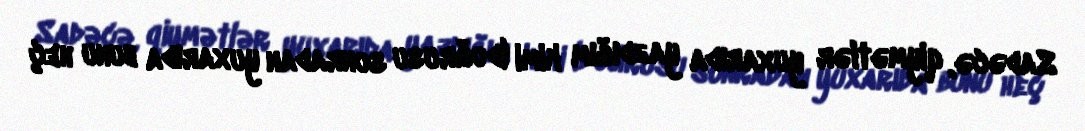
Sadəcə, qiymətlər yuxarıda yazdığım kimi (doğrusu sonradan yuxarıda bunu heç